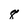
Character: 8